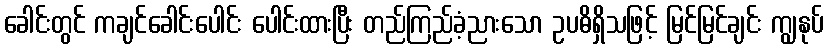
ခေါင်းတွင် ကချင်ခေါင်းပေါင်း ပေါင်းထားပြီး တည်ကြည်ခံ့ညားသော ဥပဓိရှိသဖြင့် မြင်မြင်ချင်း ကျွနုပ်